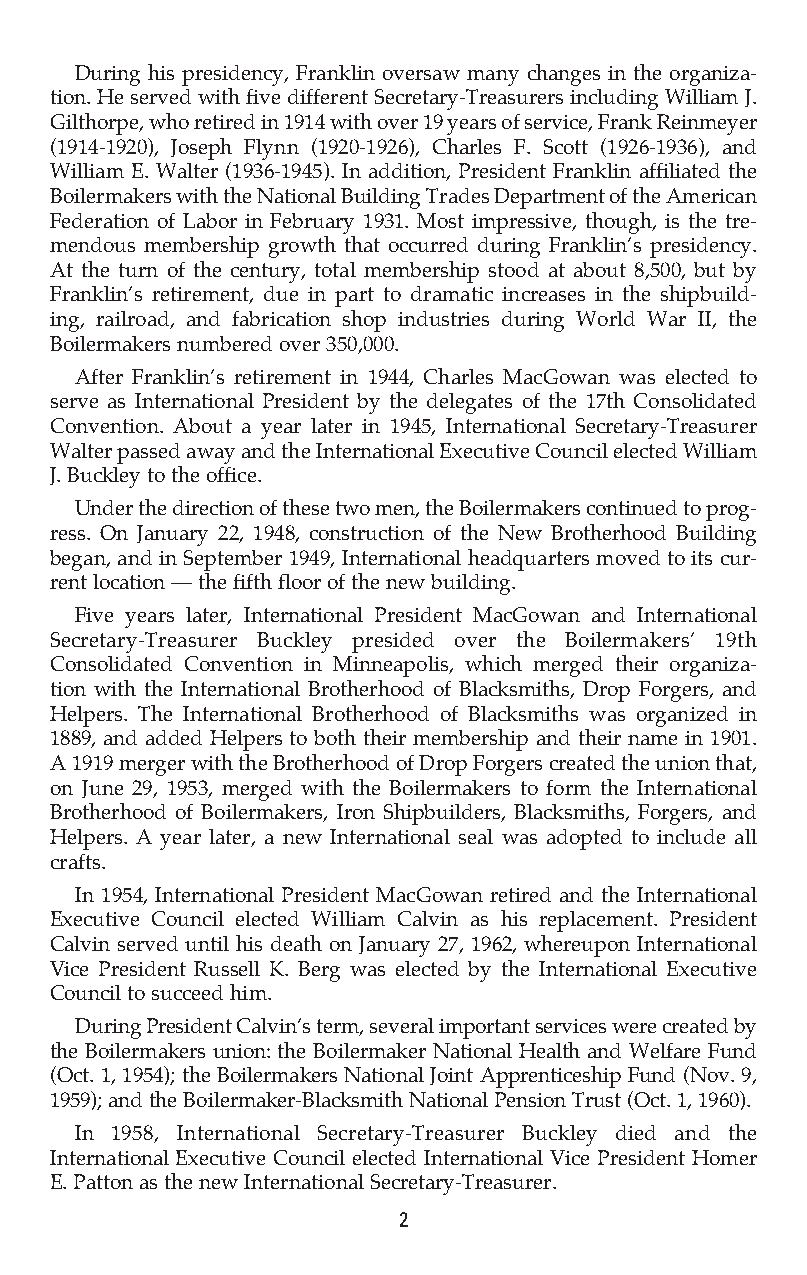
During his presidency, Franklin oversaw many changes in the organiza-
 tion. He served with five different Secretary-Treasurers including William J.
 Gilthorpe, who retired in 1914 with over 19 years of service, Frank Reinmeyer
 (1914-1920), Joseph Flynn (1920-1926), Charles F. Scott (1926-1936), and
 William E. Walter (1936-1945). In addition, President Franklin affiliated the
 Boilermakers with the National Building Trades Department of the American
 Federation of Labor in February 1931. Most impressive, though, is the tre-
 mendous membership growth that occurred during Franklin’s presidency.
 At the turn of the century, total membership stood at about 8,500, but by
 Franklin’s retirement, due in part to dramatic increases in the shipbuild-
 ing, railroad, and fabrication shop industries during World War II, the
 Boilermakers numbered over 350,000.
 After Franklin’s retirement in 1944, Charles MacGowan was elected to
 serve as International President by the delegates of the 17th Consolidated
 Convention. About a year later in 1945, International Secretary-Treasurer
 Walter passed away and the International Executive Council elected William
 J. Buckley to the office.
 Under the direction of these two men, the Boilermakers continued to prog-
 ress. On January 22, 1948, construction of the New Brotherhood Building
 began, and in September 1949, International headquarters moved to its cur-
 rent location — the fifth floor of the new building.
 Five years later, International President MacGowan and International
 Secretary-Treasurer Buckley presided over the Boilermakers’ 19th
 Consolidated Convention in Minneapolis, which merged their organiza-
 tion with the International Brotherhood of Blacksmiths, Drop Forgers, and
 Helpers. The International Brotherhood of Blacksmiths was organized in
 1889, and added Helpers to both their membership and their name in 1901.
 A 1919 merger with the Brotherhood of Drop Forgers created the union that,
 on June 29, 1953, merged with the Boilermakers to form the International
 Brotherhood of Boilermakers, Iron Shipbuilders, Blacksmiths, Forgers, and
 Helpers. A year later, a new International seal was adopted to include all
 crafts.
 In 1954, International President MacGowan retired and the International
 Executive Council elected William Calvin as his replacement. President
 Calvin served until his death on January 27, 1962, whereupon International
 Vice President Russell K. Berg was elected by the International Executive
 Council to succeed him.
 During President Calvin’s term, several important services were created by
 the Boilermakers union: the Boilermaker National Health and Welfare Fund
 (Oct. 1, 1954); the Boilermakers National Joint Apprenticeship Fund (Nov. 9,
 1959); and the Boilermaker-Blacksmith National Pension Trust (Oct. 1, 1960).
 In 1958, International Secretary-Treasurer Buckley died and the
 International Executive Council elected International Vice President Homer
 E. Patton as the new International Secretary-Treasurer.
 2